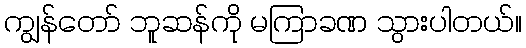
ကျွန်တော် ဘူဆန်ကို မကြာခဏ သွားပါတယ်။